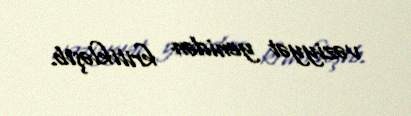
vəziyyət yenidən kritikləşib.